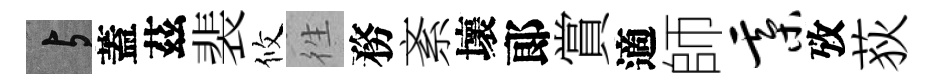
与蓋茲裴攸徃務紊壞郞賞適師綦攷荻